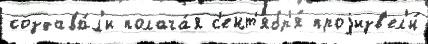
создава́л'и полага́я с'ент'ябр'я́ проjизв'ел'и́